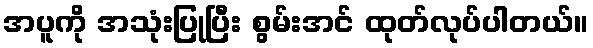
အပူကို အသုံးပြုပြီး စွမ်းအင် ထုတ်လုပ်ပါတယ်။